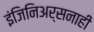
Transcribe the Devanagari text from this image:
इंजिनिअर्सनाही